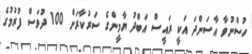
ހުސްނުވާ އާސަންދަ އަކީ ރައީސް އަބްދު ޔާމީންގެ ސަރުކާރަށް 100 ދުވަސް ފުރުމުގެ